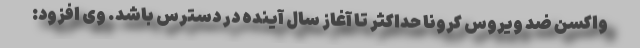
واکسن ضد ویروس کرونا حداکثر تا آغاز سال آینده در دسترس باشد. وی افزود: